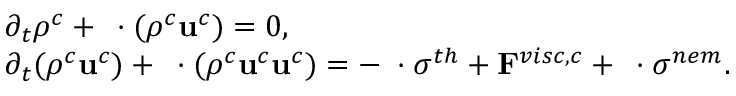
\begin{array} { r l } & { \partial _ { t } \rho ^ { c } + \mathbf { \nabla } \cdot ( \rho ^ { c } \mathbf { u } ^ { c } ) = 0 , } \\ & { \partial _ { t } ( \rho ^ { c } \mathbf { u } ^ { c } ) + \mathbf { \nabla } \cdot ( \rho ^ { c } \mathbf { u } ^ { c } \mathbf { u } ^ { c } ) = - \mathbf { \nabla } \cdot \sigma ^ { t h } + \mathbf { F } ^ { v i s c , c } + \mathbf { \nabla } \cdot \sigma ^ { n e m } . } \end{array}